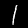
Label: 1